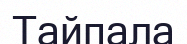
Тайпала